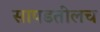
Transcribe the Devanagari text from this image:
सापडतीलच